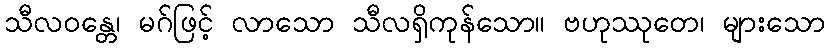
သီလဝန္တေ၊ မဂ်ဖြင့် လာသော သီလရှိကုန်သော။ ဗဟုဿုတေ၊ များသော